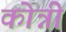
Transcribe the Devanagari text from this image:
कोन्नी